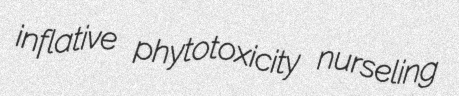
inflative phytotoxicity nurseling